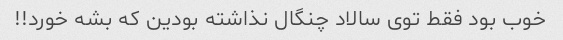
خوب بود فقط توی سالاد چنگال نذاشته بودین که بشه خورد!!